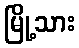
မြို့သား